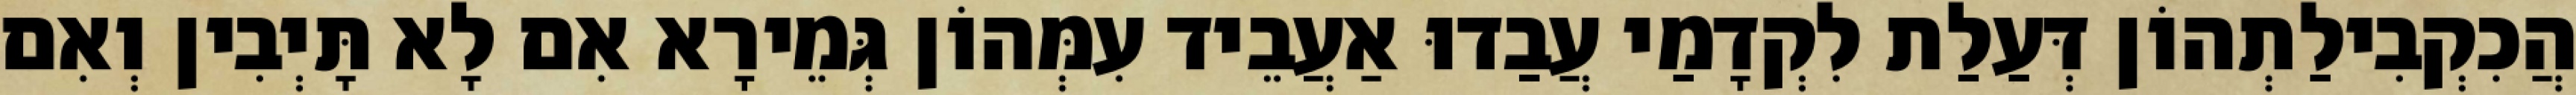
הֲכִקְבִילַתְהוֹן דְּעַלַת לִקְדָמַי עֲבַדוּ אַעֲבֵיד עִמְּהוֹן גְּמֵירָא אִם לָא תָּיְבִין וְאִם